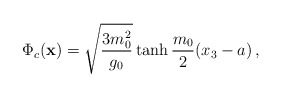
\begin{align*}\Phi_c({\bf x})=\sqrt{\frac{3m_0^2}{g_0}}\tanh\frac{m_0}{2}(x_3-a)\,,\end{align*}